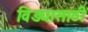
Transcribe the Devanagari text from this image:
विड्यासाठी